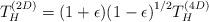
LaTeX: \begin{align*}T_{H}^{(2D)} = (1+\epsilon){(1-\epsilon)}^{1/2} T_{H}^{(4D)}\end{align*}